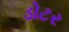
ડોટર